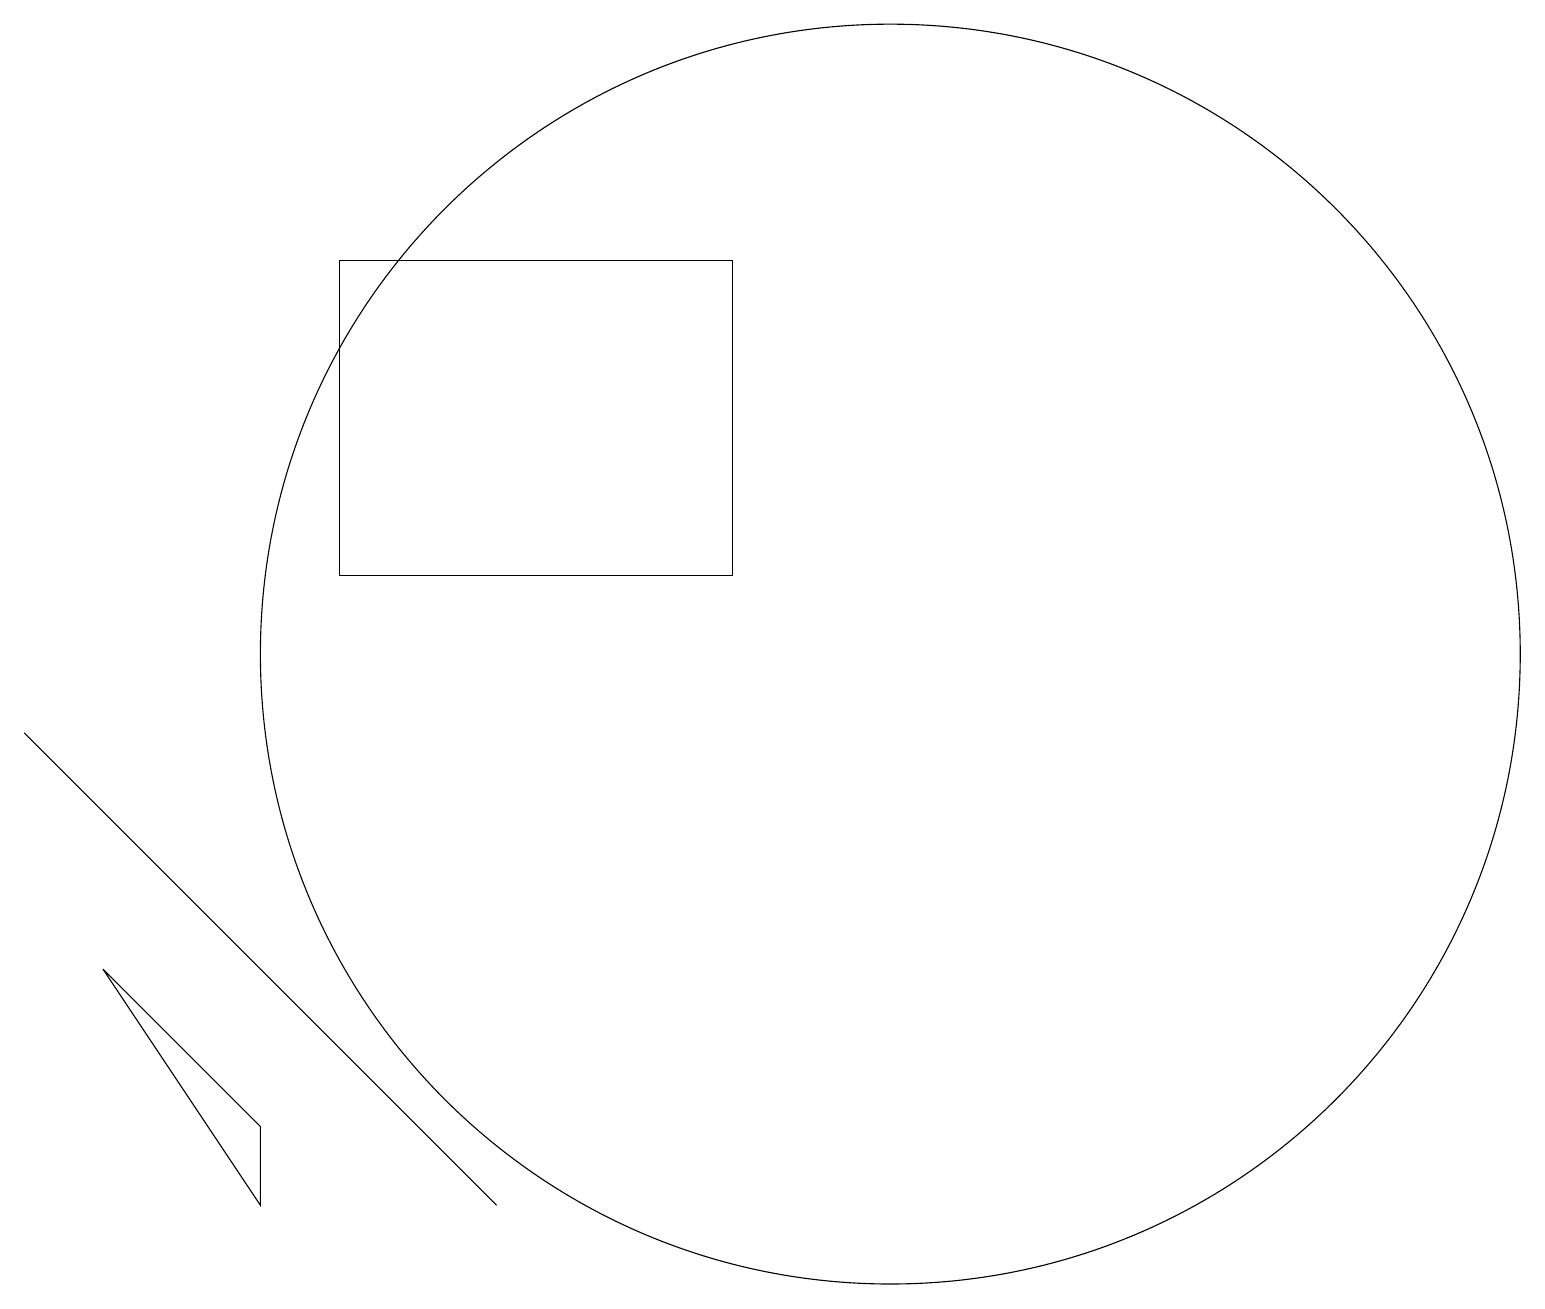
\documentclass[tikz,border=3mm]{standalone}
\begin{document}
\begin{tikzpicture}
\draw (4,15) rectangle (9,11);
\draw (3,3) -- (1,6) -- (3,4) -- cycle;
\draw (11,10) circle (8);
\draw (6,3) -- (0,9) -- (6,3) -- cycle;
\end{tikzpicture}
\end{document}